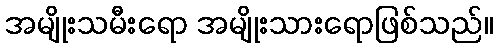
အမျိုးသမီးရော အမျိုးသားရောဖြစ်သည်။